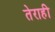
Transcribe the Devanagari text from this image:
तेराही